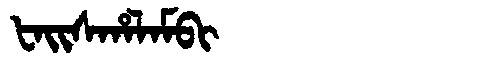
Manchu: ᡶᠠᡳᠰᡥᠠᠯᠠᠮᠪᡳ
Romanization: FAISHALAMBI